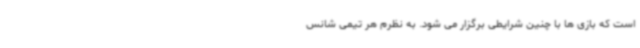
است که بازی ها با چنین شرایطی برگزار می شود. به نظرم هر تیمی شانس